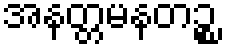
အနတ္တမနတဉ္စ